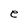
Character: e